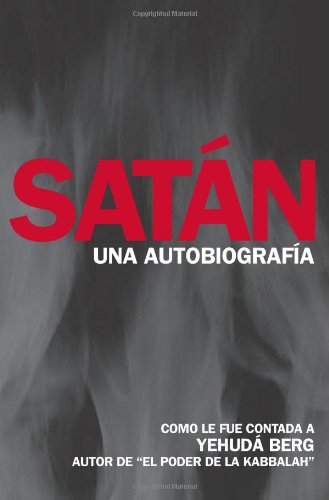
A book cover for SatÃ¡n: Una AutobiografÃ­a (Spanish Edition); Yehuda Berg; Religion & Spirituality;